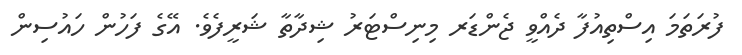
ފުރަތަމަ އިސްތިއުފާ ދެއްވީ ޖެންޑަރ މިނިސްޓަރު ޝިދާތާ ޝަރީފެވެ. އޭގެ ފަހުން ހައުސިން